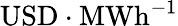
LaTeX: \mathrm{USD}\cdot\mathrm{MWh}^{-1}